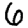
Digit: 6